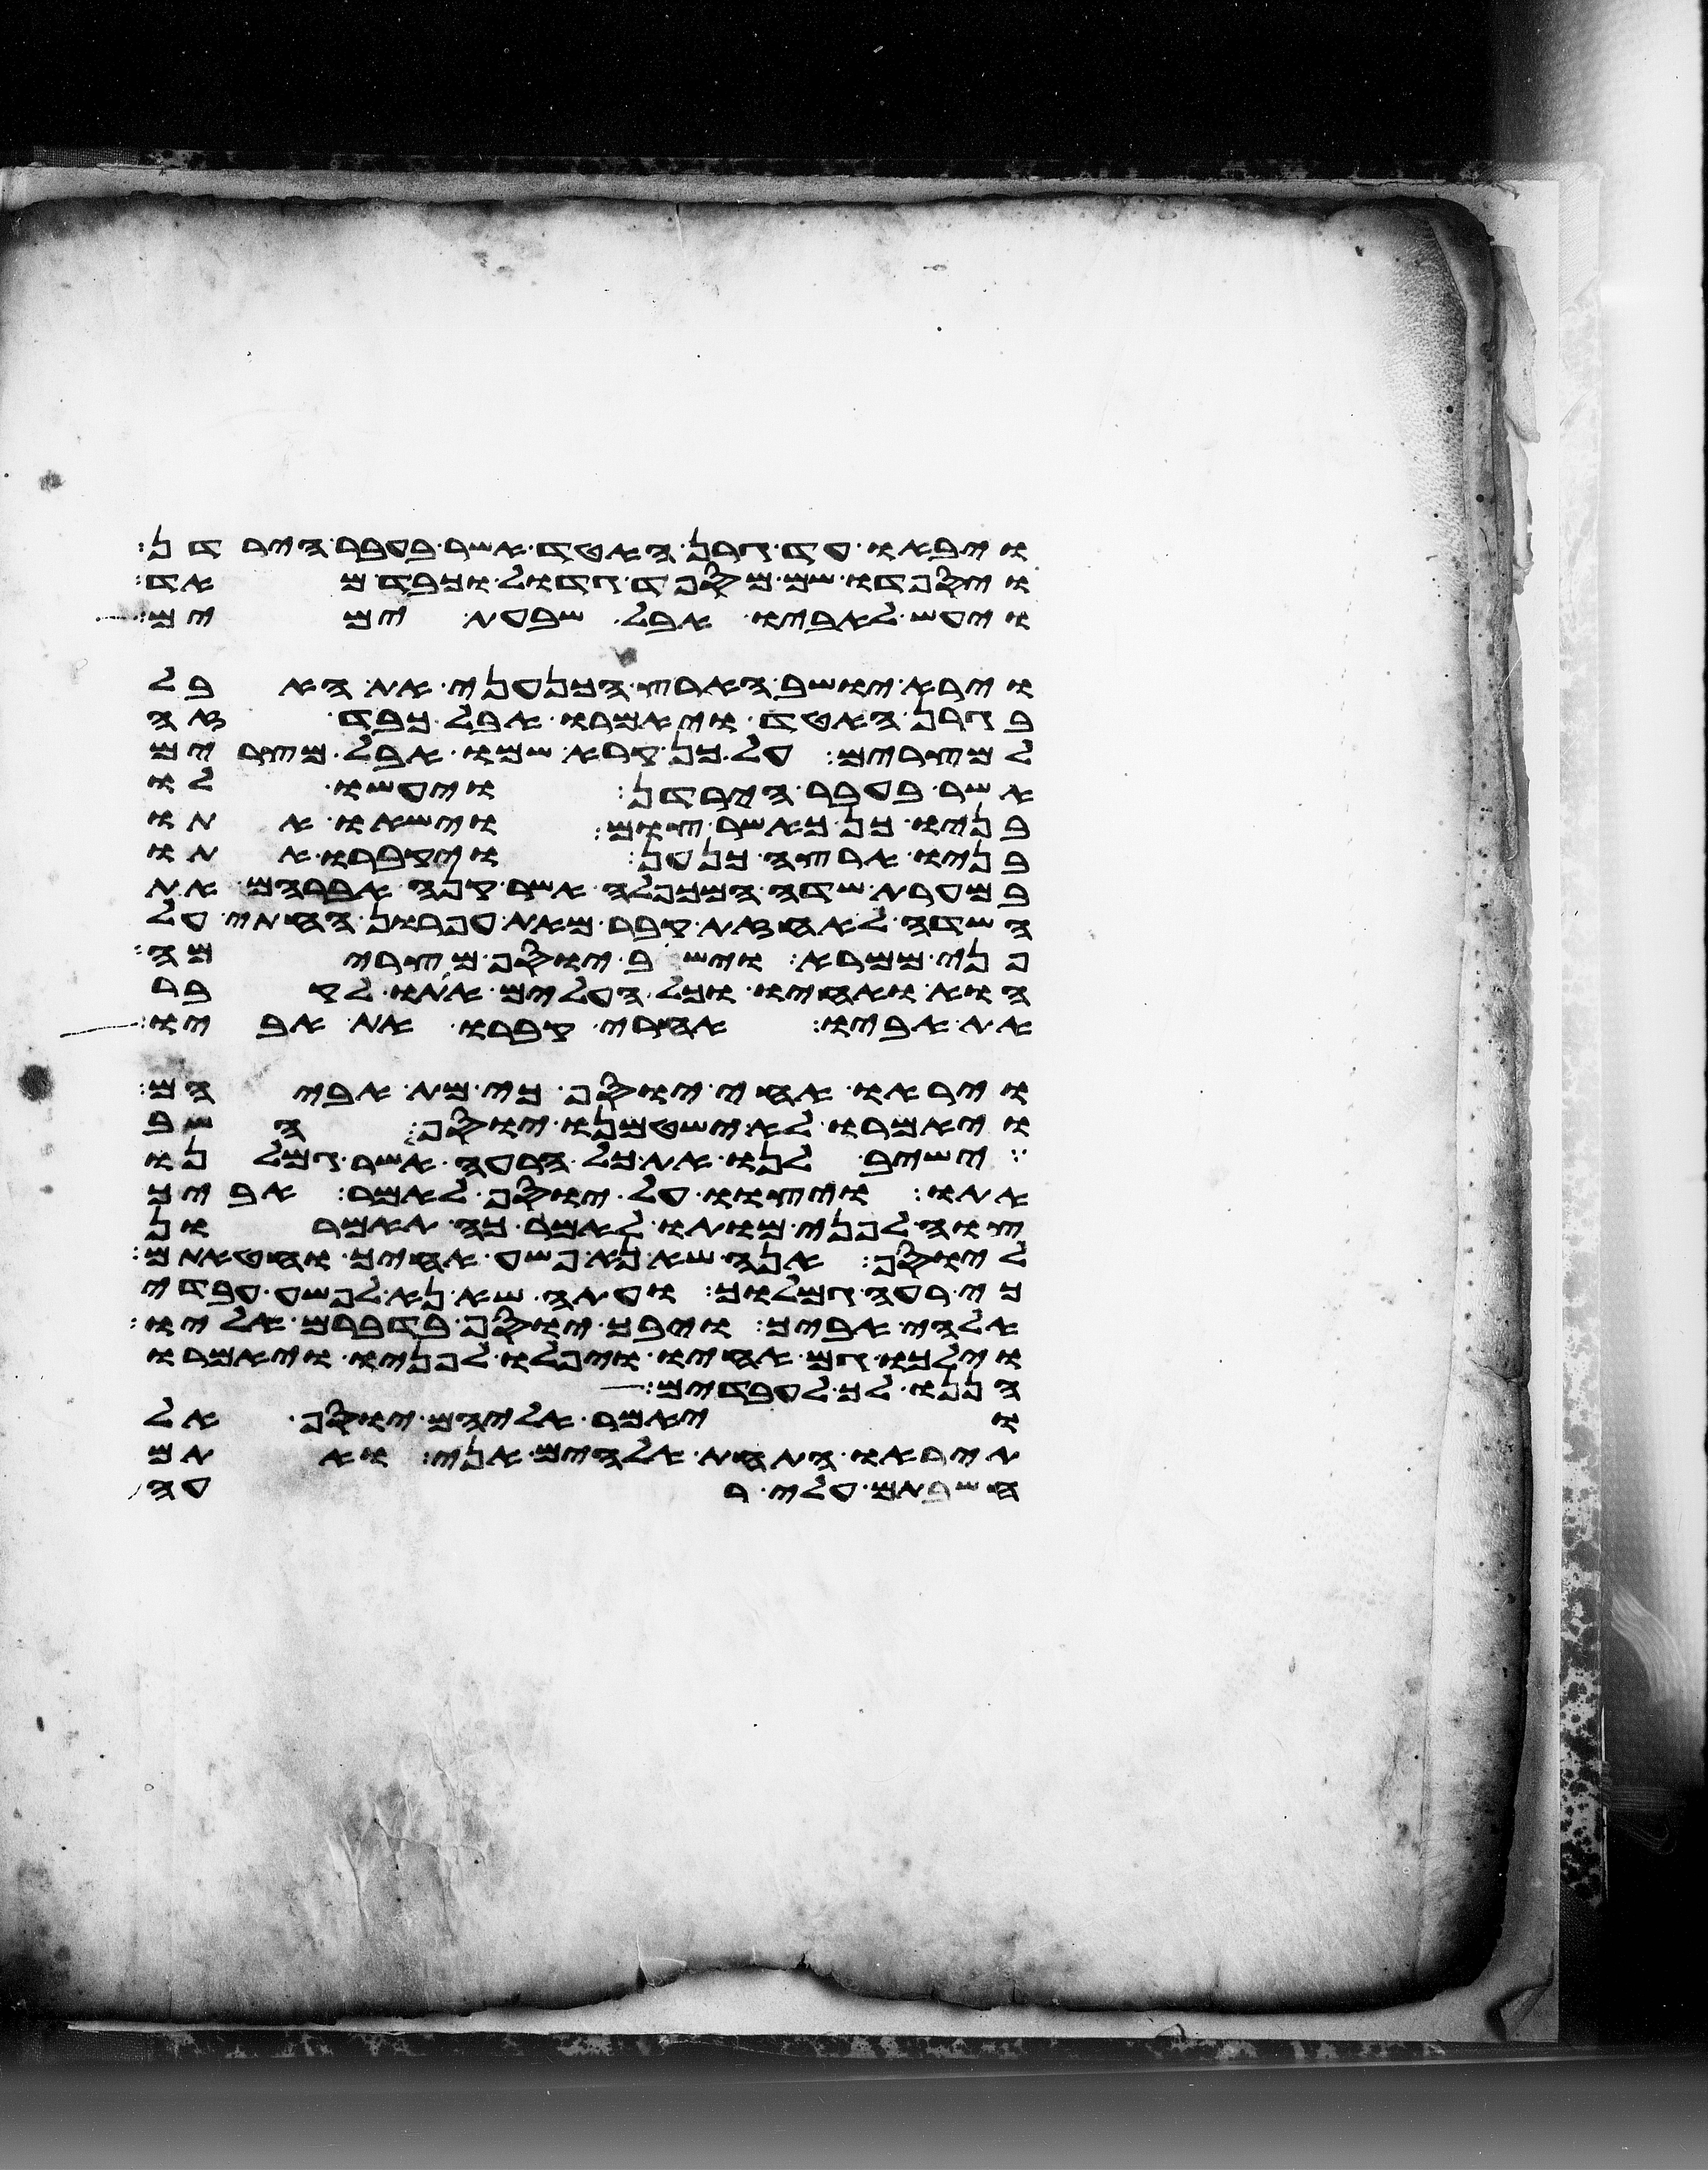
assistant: ויבאו עד גרן האטד אשר בעבר הירדן
ויספדו שם מספד גדול וכבד מאד
ויעש לאביו אבל שבעת ימים
וירא יושב הארץ הכנעני את האבל
בגרן האטד ויאמרו אבל כבד זה
למצרים על כן קרא שמו אבל מצרים
אשר בעבר הירדן ויעשו לו
בניו כן כאשר צום וישאו אתו
בניו ארצה כנען ויקברו אתו
במערת שדה המכפלה אשר קנה אברהם את
השדה לאחזת קבר מאת עפרון החתי על
פני ממרא וישב יוסף מצרימה
הוא ואחיו וכל העלים אתו לקבר
את אביו אחרי קברו את אביו
ויראו אחי יוסף כי מת אביהם
ויאמרו לא ישטמנו יוסף השב
ישיב לנו את כל הרעה אשר גמלנו
אתו ויצוו על יוסף לאמר אביך
צוה לפני מותו לאמר כה תאמרון
ליוסף אנה שא נא פשע אחיך וחטאתם
כי רעה גמלוך ועתה שא נא לפשע עבדי
אלהי אביך ויבך יוסף בדברם אליו
וילכו גם אחיו ויפלו לפניו ויאמרו
הננו לך לעבדים
ויאמר אליהם יוסף אל
תיראו התחת אלהים אני אתם
חשבתם עלי רעה